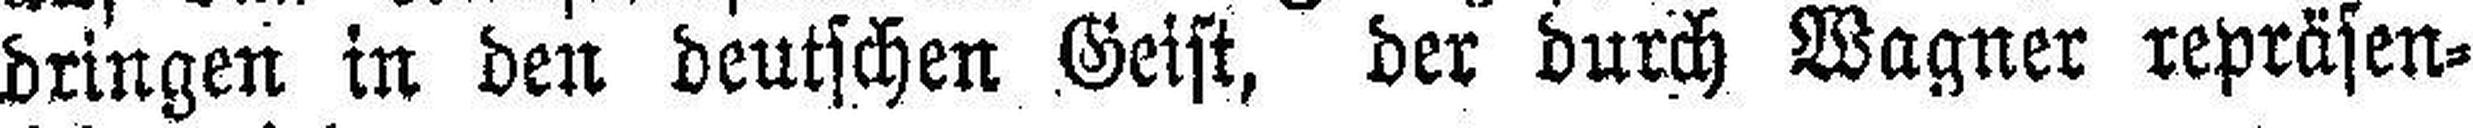
dringen in den deutschen Geist, der durch Wagner repräsen¬